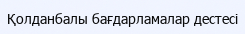
Қолданбалы бағдарламалар дестесі